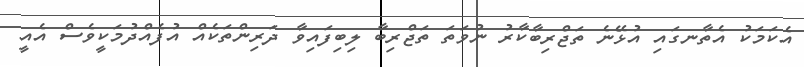
އެކަމަކު އެތާނގައި އުޅޭނެ ތަޖްރިބާކާރު ނުވަތަ ތަޖްރިބާ ލިބިފައިވާ ދަރިންތަކެއް އުފެއްދުމަކީވެސް އެއީ